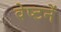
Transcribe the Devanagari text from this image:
वेष्टनें